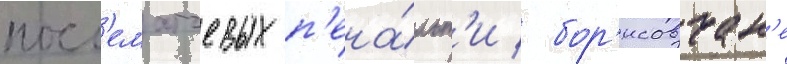
посл'ематчевых п'ена́льт'и / бор'исовчан'е